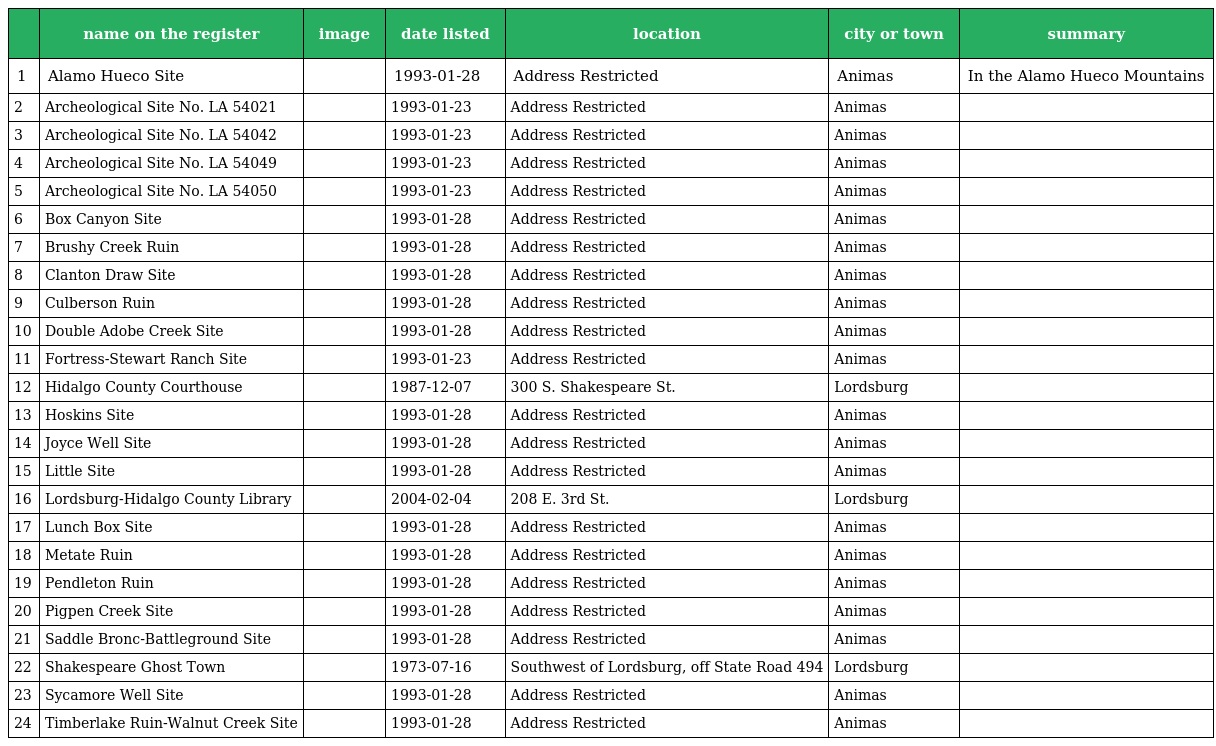
|  | name on the register | image | date listed | location | city or town | summary |
 | --- | --- | --- | --- | --- | --- | --- |
 | 1 | Alamo Hueco Site |  | 1993-01-28 | Address Restricted | Animas | In the Alamo Hueco Mountains |
 | 2 | Archeological Site No. LA 54021 |  | 1993-01-23 | Address Restricted | Animas |  |
 | 3 | Archeological Site No. LA 54042 |  | 1993-01-23 | Address Restricted | Animas |  |
 | 4 | Archeological Site No. LA 54049 |  | 1993-01-23 | Address Restricted | Animas |  |
 | 5 | Archeological Site No. LA 54050 |  | 1993-01-23 | Address Restricted | Animas |  |
 | 6 | Box Canyon Site |  | 1993-01-28 | Address Restricted | Animas |  |
 | 7 | Brushy Creek Ruin |  | 1993-01-28 | Address Restricted | Animas |  |
 | 8 | Clanton Draw Site |  | 1993-01-28 | Address Restricted | Animas |  |
 | 9 | Culberson Ruin |  | 1993-01-28 | Address Restricted | Animas |  |
 | 10 | Double Adobe Creek Site |  | 1993-01-28 | Address Restricted | Animas |  |
 | 11 | Fortress-Stewart Ranch Site |  | 1993-01-23 | Address Restricted | Animas |  |
 | 12 | Hidalgo County Courthouse |  | 1987-12-07 | 300 S. Shakespeare St. | Lordsburg |  |
 | 13 | Hoskins Site |  | 1993-01-28 | Address Restricted | Animas |  |
 | 14 | Joyce Well Site |  | 1993-01-28 | Address Restricted | Animas |  |
 | 15 | Little Site |  | 1993-01-28 | Address Restricted | Animas |  |
 | 16 | Lordsburg-Hidalgo County Library |  | 2004-02-04 | 208 E. 3rd St. | Lordsburg |  |
 | 17 | Lunch Box Site |  | 1993-01-28 | Address Restricted | Animas |  |
 | 18 | Metate Ruin |  | 1993-01-28 | Address Restricted | Animas |  |
 | 19 | Pendleton Ruin |  | 1993-01-28 | Address Restricted | Animas |  |
 | 20 | Pigpen Creek Site |  | 1993-01-28 | Address Restricted | Animas |  |
 | 21 | Saddle Bronc-Battleground Site |  | 1993-01-28 | Address Restricted | Animas |  |
 | 22 | Shakespeare Ghost Town |  | 1973-07-16 | Southwest of Lordsburg, off State Road 494 | Lordsburg |  |
 | 23 | Sycamore Well Site |  | 1993-01-28 | Address Restricted | Animas |  |
 | 24 | Timberlake Ruin-Walnut Creek Site |  | 1993-01-28 | Address Restricted | Animas |  |